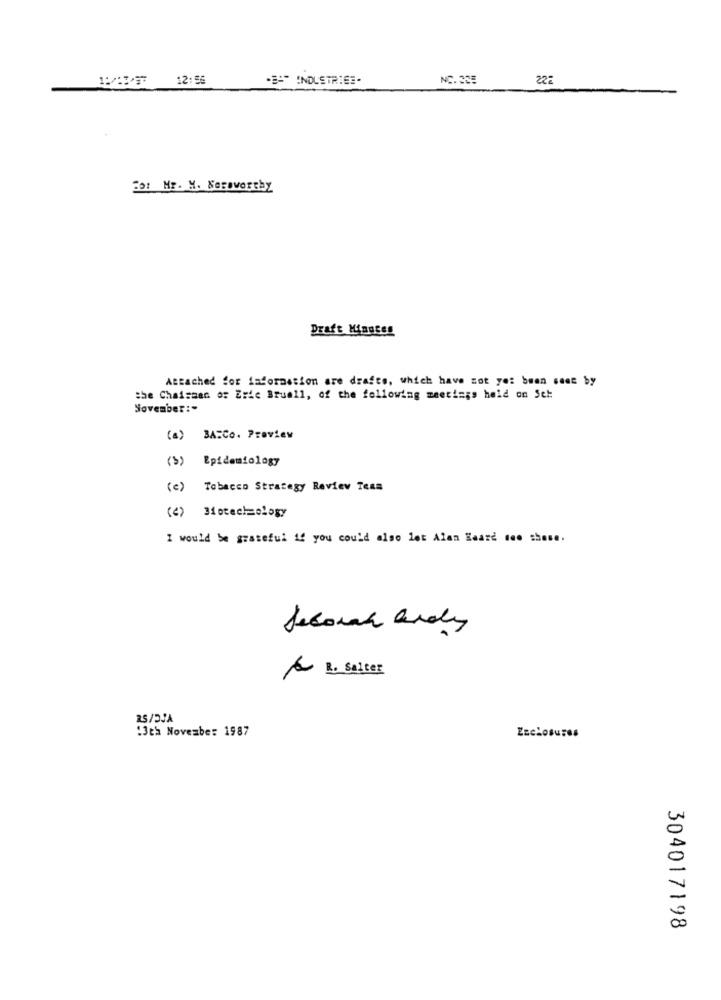
18/1337 12:56
.B=" INDUSTRIEE-
NC. 355
225
20: Mr. M. Nesavereby
Draft Minutes
Attached for information are drafts, which have not yet been sent by
the Chairman of Erte Bruall, of the following meetings held on Set
November :-
(a) BA.Co. Proview
(b) Epidemiology
(c) Tabacco Strategy Review Team
(4) Biotechnology
I would be grateful if you could also let Alen Heard deo shase.
A R. Salter
13th November 1987
ZEclosures
304017198